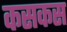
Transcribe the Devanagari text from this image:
कसकस